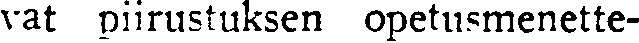
vat piirustuksen opetusmenette-